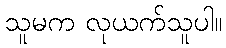
သူမက လုယက်သူပါ။